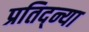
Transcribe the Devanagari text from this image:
प्रतिद्न्या